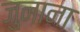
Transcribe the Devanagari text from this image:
जुनाना